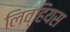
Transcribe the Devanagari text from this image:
लिव्हियस